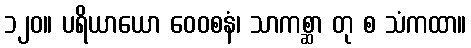
၁၂၀။ ပရိယာယော ဝေဝစနံ၊ သာကစ္ဆာ တု စ သံကထာ။